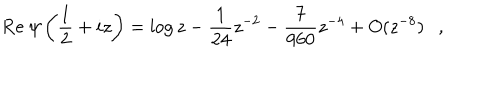
LaTeX: \mathrm { R e } ~ \psi \left( \frac 1 2 + i z \right) = \log z - { \frac { 1 } { 2 4 } } z ^ { - 2 } - { \frac { 7 } { 9 6 0 } } z ^ { - 4 } + O ( z ^ { - 8 } ) ,